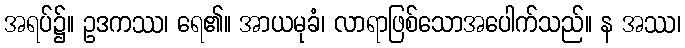
အရပ်၌။ ဥဒကဿ၊ ရေ၏။ အာယမုခံ၊ လာရာဖြစ်သောအပေါက်သည်။ န အဿ၊